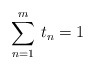
\begin{align*} \sum_{n=1}^m\, t_n = 1\end{align*}